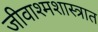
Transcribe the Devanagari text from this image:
जीवाश्मशास्त्रात